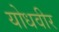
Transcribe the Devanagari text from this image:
योधवीर